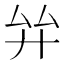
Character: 𢌹